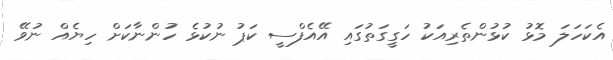
އެކަހަލަ މޮޅު ކުޅުންތެރިއަކު ހަގީގަތުގައި އޭއެފްސީ ކަޕު ނުކުޅެ ހުންނާކަށް ހިޔެއް ނުވޭ